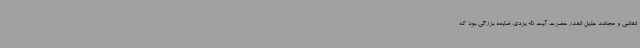
انقلابی و مجاهد جلیل القدر حضرت آیت الله یزدی، ضایعه بزرگی بود که